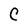
Character: C